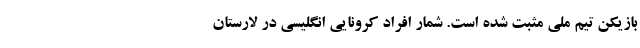
بازیکن تیم ملی مثبت شده است. شمار افراد کرونایی انگلیسی در لارستان